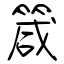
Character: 箴